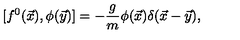
[ f ^ { 0 } ( \vec { x } ) , \phi ( \vec { y } ) ] = - \frac { g } { m } \phi ( \vec { x } ) \delta ( \vec { x } - \vec { y } ) ,